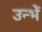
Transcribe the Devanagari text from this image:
उन्भें